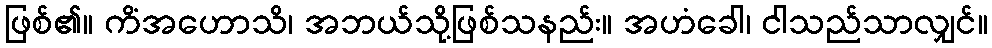
ဖြစ်၏။ ကိံအဟောသိ၊ အဘယ်သို့ဖြစ်သနည်း။ အဟံခေါ၊ ငါသည်သာလျှင်။